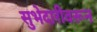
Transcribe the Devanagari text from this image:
सुभेदारीवरून